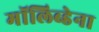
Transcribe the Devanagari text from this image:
मॉलिब्डेना